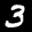
Label: 3